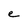
Character: e